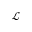
\mathcal { L }